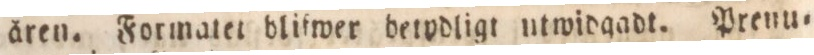
åren. Formatet blifwer betydligt utwidgadt. Prenu=